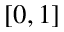
[ 0 , 1 ]